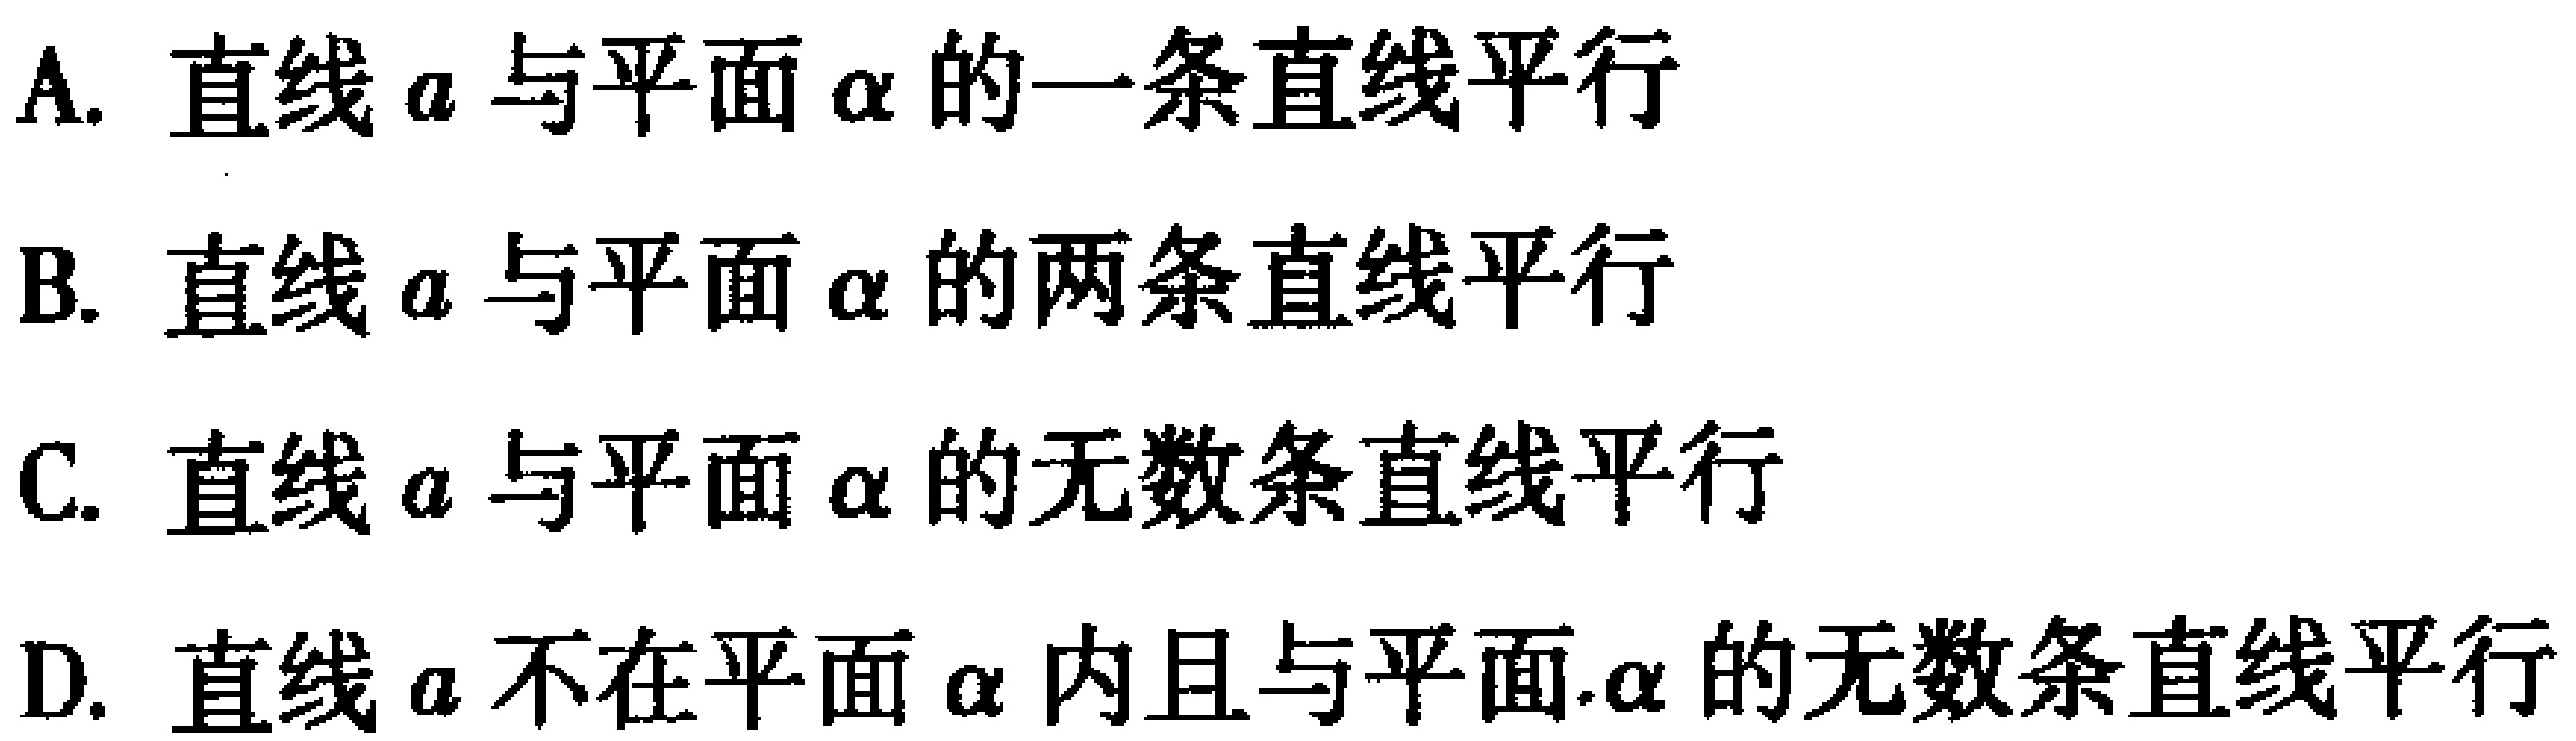
A. 直线\(a\)与平面\(\alpha\)的一条直线平行
B. 直线\(a\)与平面\(\alpha\)的两条直线平行
C. 直线\(a\)与平面\(\alpha\)的无数条直线平行
D. 直线\(a\)不在平面\(\alpha\)内且与平面\(\alpha\)的无数条直线平行